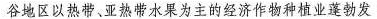
谷地区以热带、亚热带水果为主的经济作物种植业蓬勃发